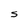
Character: S